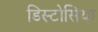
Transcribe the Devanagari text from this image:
डिस्टोसिया